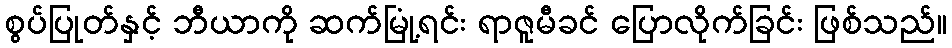
စွပ်ပြုတ်နှင့် ဘီယာကို ဆက်မြုံ့ရင်း ရာဇူမီခင် ပြောလိုက်ခြင်း ဖြစ်သည်။